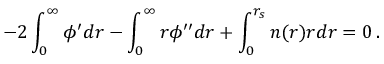
- 2 \int _ { 0 } ^ { \infty } \phi ^ { \prime } d r - \int _ { 0 } ^ { \infty } r \phi ^ { \prime \prime } d r + \int _ { 0 } ^ { r _ { s } } n ( r ) r d r = 0 \, .